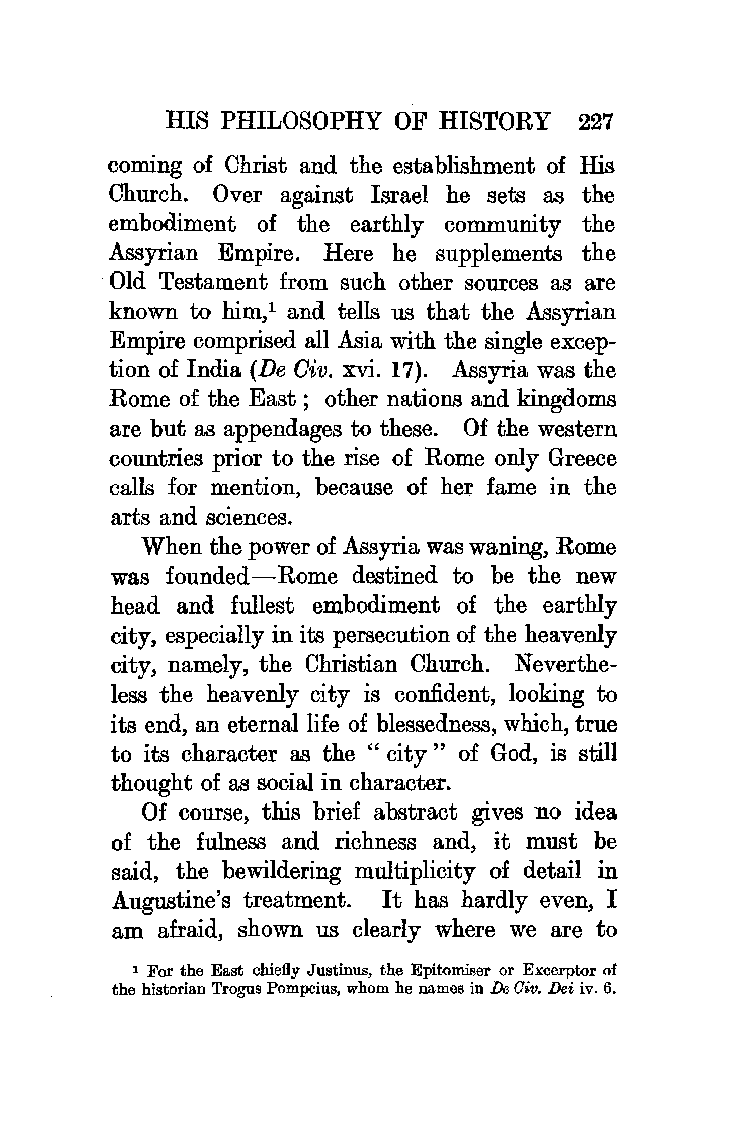
HIS PHILOSOPHY OF HISTORY  227
 coming of Christ and the establishment of His
 Church. Over against Israel he sets as the
 embodiment of the earthly community the
 Assyrian Empire. Here he supplements the
 Old Testament from such other sources as are
 known to him, 1 and tells us that the Assyrian
 Empire comprised all Asia with the single excep
 tion of India (De Oiv. xvi. 17). Assyria was the
 Rome of the East ; other nations and kingdoms
 are but as appendages to these. Of the western
 countries prior to the rise of Rome only Greece
 calls for mention, because of her fame in the
 arts and sciences.
 When the power of Assyria was waning, Rome
 was founded-Rome destined to be the new
 head and fullest embodiment of the earthly
 city, especially in its persecution of the heavenly
 city, namely, the Christian Church. Neverthe
 less the heavenly city is confident, looking to
 its end, an eternal life of blessedness, which, true
 to its character as the " city " of God, is still
 thought of as social in character.
 Of course, this brief abstract gives no idea
 of the fulness and richness and, it must be
 said, the bewildering multiplicity of detail in
 Augustine's treatment. It has hardly even, I
 am afraid, shown us clearly where we are to
 1 For the East chiefly Justinus, the Epitomiser or Excerptor of
 the historian Trogus Pompeius, whom he names in De Giv. Dei iv. 6.